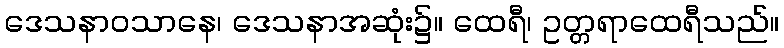
ဒေသနာဝသာနေ၊ ဒေသနာအဆုံး၌။ ထေရီ၊ ဥတ္တရာထေရီသည်။